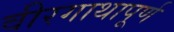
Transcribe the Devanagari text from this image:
वीरगाथापूर्ण